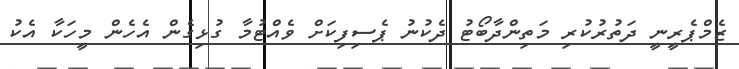
ޒެމްޕެރީނީ ދަތުރުކުރި މަތިންދާބޯޓު ދެކުނު ޕެސިފިކަށް ވެއްޓުމާ ގުޅިގެން އެހެން މީހަކާ އެކު